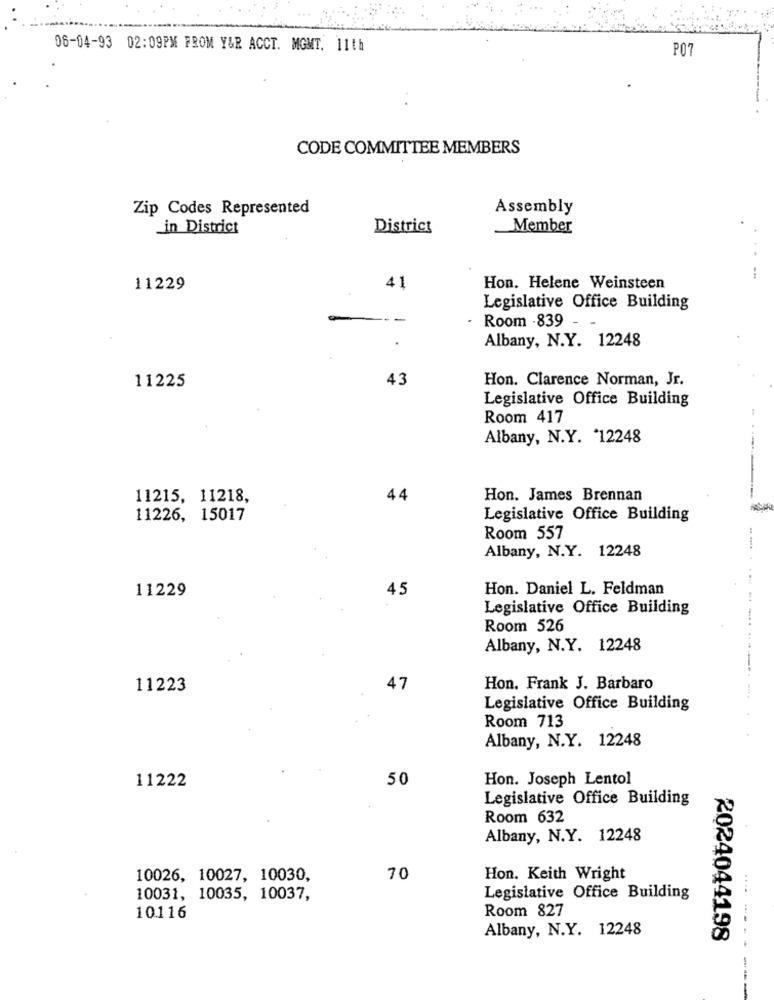
06-04-93 02:09PM FROM Y&R ACCT. MGMT. 11th
P07
CODE COMMITTEE MEMBERS
Zip Codes Represented
Assembly
in District
District
Member
11229
41
Hon. Helene Weinsteen
Legislative Office Building
-
--
Room -839-
Albany, N.Y. 12248
43
Hon. Clarence Norman, Jr.
11225
Legislative Office Building
Room 417
Albany, N.Y. 12248
11215, 11218,
44
Hon. James Brennan
11226, 15017
Legislative Office Building
Room 557
Albany, N.Y. 12248
11229
45
Hon. Daniel L. Feldman
Legislative Office Building
Room 526
Albany, N.Y. 12248
11223
47
Hon. Frank J. Barbaro
Legislative Office Building
Room 713
Albany, N.Y. 12248
11222
50
Hon. Joseph Lentol
Legislative Office Building
Room 632
Albany, N.Y. 12248
10026, 10027, 10030,
70
Hon. Keith Wright
10031, 10035, 10037,
Legislative Office Building
Room 827
10116
Albany, N.Y. 12248
2024044198
----- ----
--